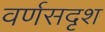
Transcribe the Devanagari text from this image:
वर्णसदृश